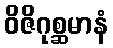
ဝိဇိဂုစ္ဆမာနံ